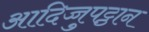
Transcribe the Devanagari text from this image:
आदिच्चुपट्ठान